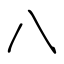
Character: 八